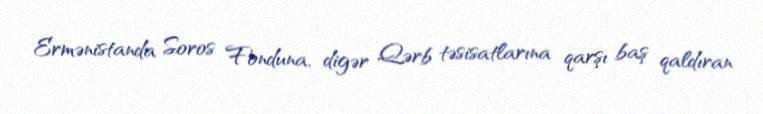
Ermənistanda Soros Fonduna, digər Qərb təsisatlarına qarşı baş qaldıran